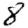
Digit: 8